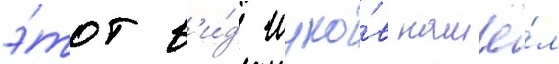
э́тот в'и́д жуко́в нашё́л